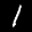
Label: 1